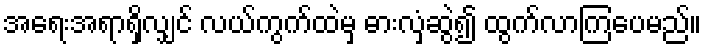
အရေးအရာရှိလျှင် လယ်ကွက်ထဲမှ ဓားလှံဆွဲ၍ ထွက်လာကြပေမည်။